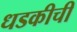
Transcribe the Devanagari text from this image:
धडकीची